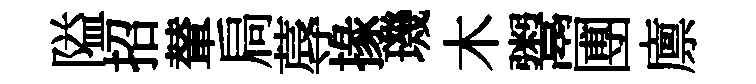
隘招輦扃蓐掾璣木鬻圑廪